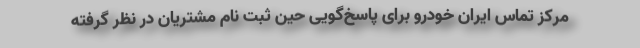
مرکز تماس ایران خودرو برای پاسخ‌گویی حین ثبت نام مشتریان در نظر گرفته